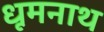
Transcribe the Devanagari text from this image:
धूमनाथ